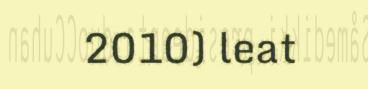
2010) leat